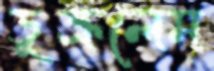
ডুক্‌রলেম